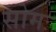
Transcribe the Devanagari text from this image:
सोमः